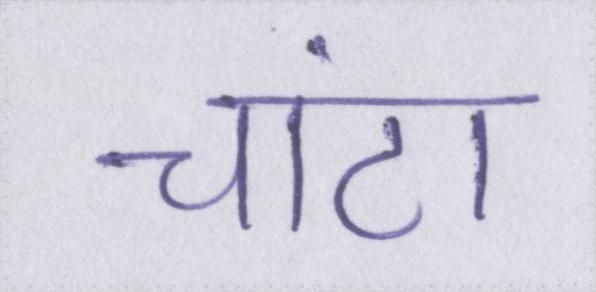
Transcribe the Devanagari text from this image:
चांटा